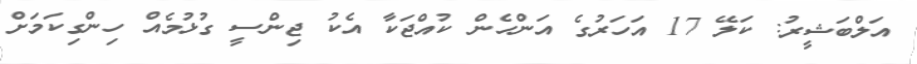
އަލްބަޝީރު: ކަލޭ 17 އަހަރުގެ އަންހެން ކުއްޖަކާ އެކު ޖިންސީ ގުޅުމެއް ހިންގިކަމަށް